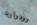
وودوارد